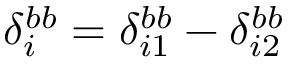
\delta _ { i } ^ { b b } = \delta _ { i 1 } ^ { b b } - \delta _ { i 2 } ^ { b b }